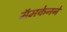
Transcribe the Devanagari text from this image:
मॅमकेनने